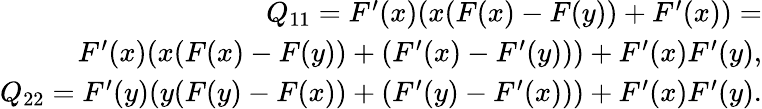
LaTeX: \begin{array}{r}{Q_{11}=F^{\prime}(x)(x(F(x)-F(y))+F^{\prime}(x))=}\\ {F^{\prime}(x)(x(F(x)-F(y))+(F^{\prime}(x)-F^{\prime}(y)))+F^{\prime}(x)F^{\prime}(y),}\\ {Q_{22}=F^{\prime}(y)(y(F(y)-F(x))+(F^{\prime}(y)-F^{\prime}(x)))+F^{\prime}(x)F^{\prime}(y).}\end{array}